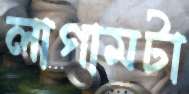
লাগামটা